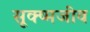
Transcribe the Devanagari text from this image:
सूक्ष्‍मजीव